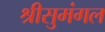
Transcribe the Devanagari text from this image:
श्रीसुमंगल